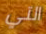
التي